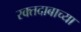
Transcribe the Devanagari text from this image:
रक्तदाबाच्या